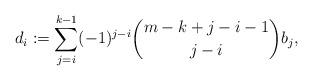
LaTeX: \begin{align*}d_i:=\sum_{j=i}^{k-1}(-1)^{j-i}\binom{m-k+j-i-1}{j-i}b_j,\end{align*}